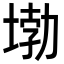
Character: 𡍧